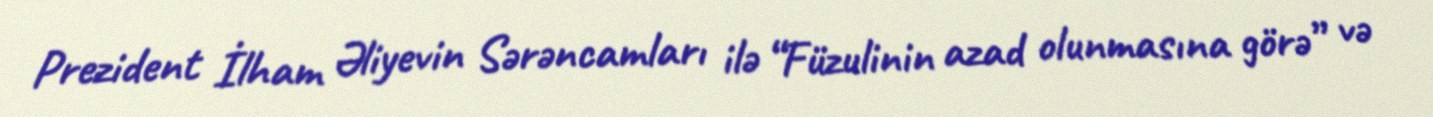
Prezident İlham Əliyevin Sərəncamları ilə “Füzulinin azad olunmasına görə” və